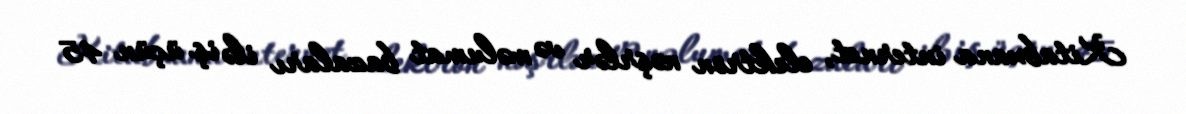
Kitabxana internet, elektron nəşrlər və məlumat bazaları ilə iş üçün 45